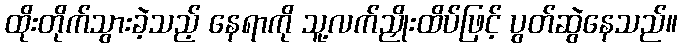
ထိုးတိုက်သွားခဲ့သည့် နေရာကို သူ့လက်ညှိုးထိပ်ဖြင့် ပွတ်ဆွဲနေသည်။